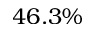
4 6 . 3 \%